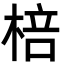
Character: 棓